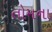
તોમના